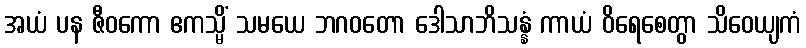
အယံ ပန ဇီဝကော ဧကသ္မိံ သမယေ ဘဂဝတော ဒေါသာဘိသန္နံ ကာယံ ဝိရေစေတွာ သိဝေယျကံ